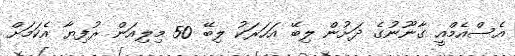
އެސްއެމްއީ ގާނޫނުގެ ދަށުން ލިބޭ އަހަރަކު ލިބޭ 50 މިލިއަން ރުފިޔާ އެކަމަށް